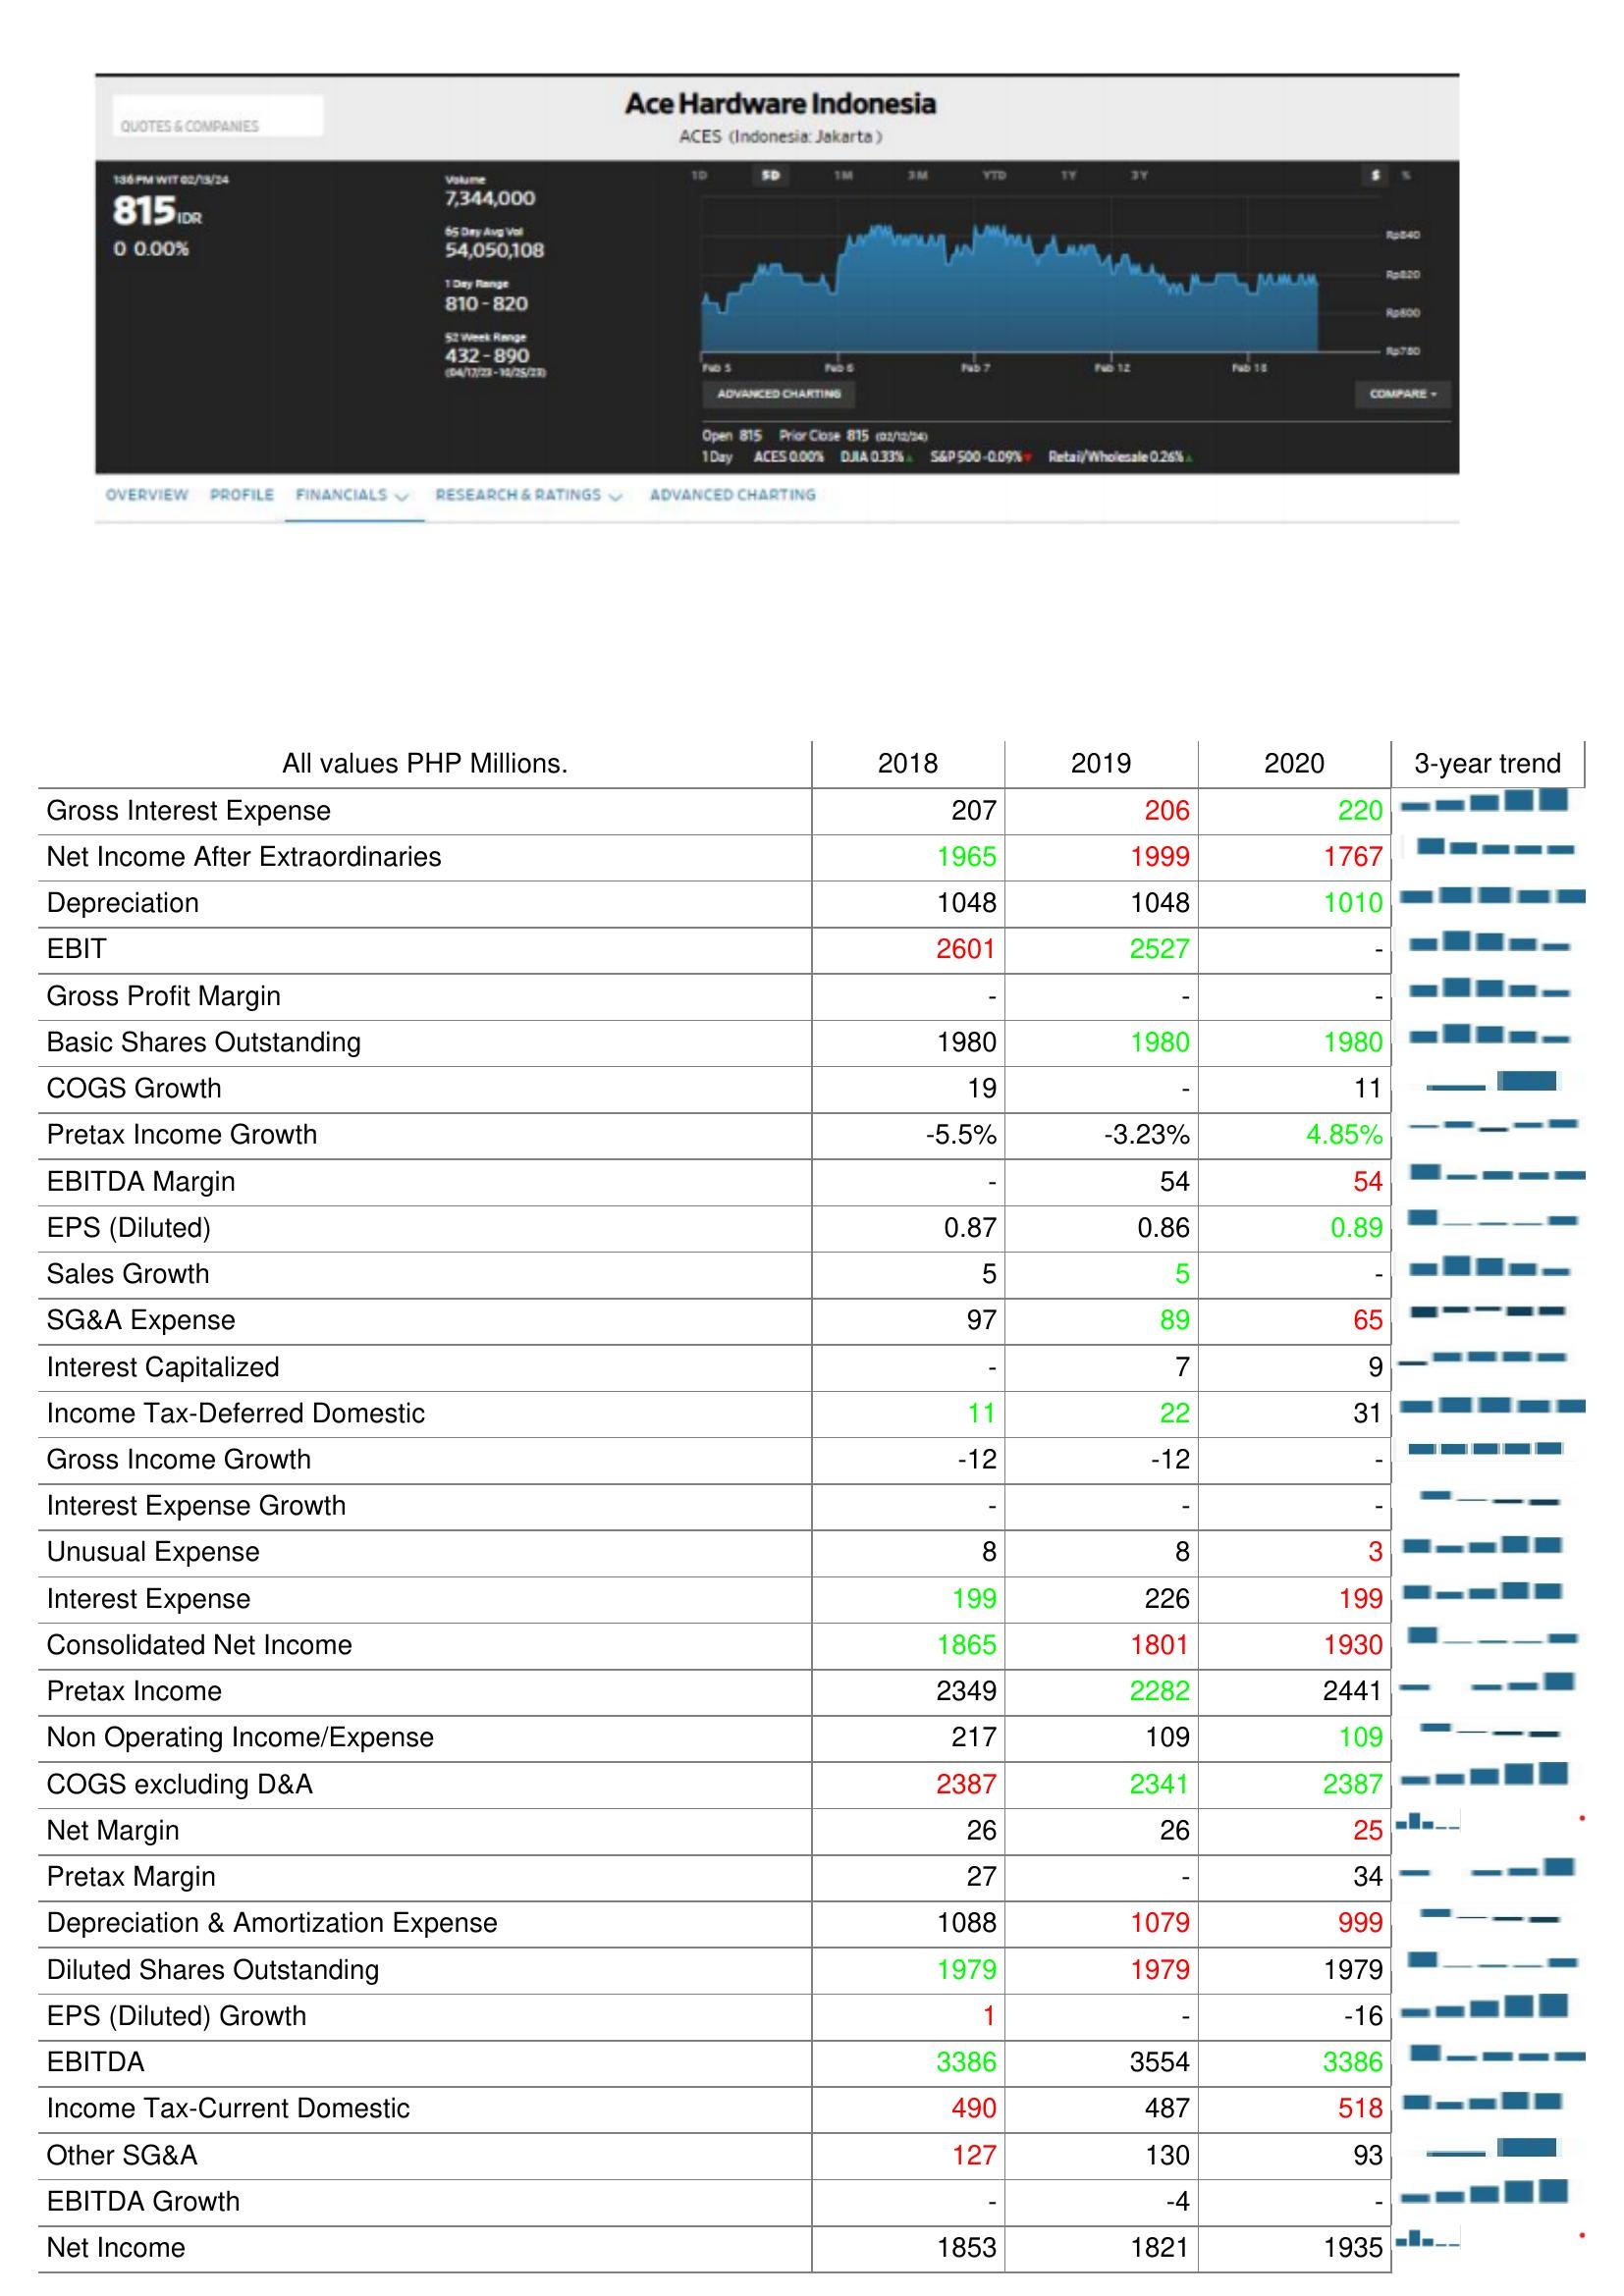
2018: : Gross Interest Expense: 207
Net Income After Extraordinaries: 1965
Depreciation: 1048
EBIT: 2601
Gross Profit Margin: -
Basic Shares Outstanding: 1980
COGS Growth: 19
Pretax Income Growth: -5.5%
EBITDA Margin: -
EPS (Diluted): 0.87
Sales Growth: 5
SG&A Expense: 97
Interest Capitalized: -
Income Tax-Deferred Domestic: 11
Gross Income Growth: -12
Interest Expense Growth: -
Unusual Expense: 8
Interest Expense: 199
Consolidated Net Income: 1865
Pretax Income: 2349
Non Operating Income/Expense: 217
COGS excluding D&A: 2387
Net Margin: 26
Pretax Margin: 27
Depreciation & Amortization Expense: 1088
Diluted Shares Outstanding: 1979
EPS (Diluted) Growth: 1
EBITDA: 3386
Income Tax-Current Domestic: 490
Other SG&A: 127
EBITDA Growth: -
Net Income: 1853
2019: : Gross Interest Expense: 206
Net Income After Extraordinaries: 1999
Depreciation: 1048
EBIT: 2527
Gross Profit Margin: -
Basic Shares Outstanding: 1980
COGS Growth: -
Pretax Income Growth: -3.23%
EBITDA Margin: 54
EPS (Diluted): 0.86
Sales Growth: 5
SG&A Expense: 89
Interest Capitalized: 7
Income Tax-Deferred Domestic: 22
Gross Income Growth: -12
Interest Expense Growth: -
Unusual Expense: 8
Interest Expense: 226
Consolidated Net Income: 1801
Pretax Income: 2282
Non Operating Income/Expense: 109
COGS excluding D&A: 2341
Net Margin: 26
Pretax Margin: -
Depreciation & Amortization Expense: 1079
Diluted Shares Outstanding: 1979
EPS (Diluted) Growth: -
EBITDA: 3554
Income Tax-Current Domestic: 487
Other SG&A: 130
EBITDA Growth: -4
Net Income: 1821
2020: : Gross Interest Expense: 220
Net Income After Extraordinaries: 1767
Depreciation: 1010
EBIT: -
Gross Profit Margin: -
Basic Shares Outstanding: 1980
COGS Growth: 11
Pretax Income Growth: 4.85%
EBITDA Margin: 54
EPS (Diluted): 0.89
Sales Growth: -
SG&A Expense: 65
Interest Capitalized: 9
Income Tax-Deferred Domestic: 31
Gross Income Growth: -
Interest Expense Growth: -
Unusual Expense: 3
Interest Expense: 199
Consolidated Net Income: 1930
Pretax Income: 2441
Non Operating Income/Expense: 109
COGS excluding D&A: 2387
Net Margin: 25
Pretax Margin: 34
Depreciation & Amortization Expense: 999
Diluted Shares Outstanding: 1979
EPS (Diluted) Growth: -16
EBITDA: 3386
Income Tax-Current Domestic: 518
Other SG&A: 93
EBITDA Growth: -
Net Income: 1935